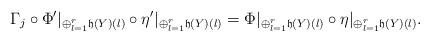
LaTeX: \begin{align*}\Gamma_j\circ \Phi'|_{\oplus_{l=1}^{r} \mathfrak{h}(Y)(l)} \circ\eta'|_{\oplus_{l=1}^{r} \mathfrak{h}(Y)(l)} = \Phi|_{\oplus_{l=1}^{r}\mathfrak{h}(Y)(l)} \circ \eta|_{\oplus_{l=1}^{r} \mathfrak{h}(Y)(l)}.\end{align*}